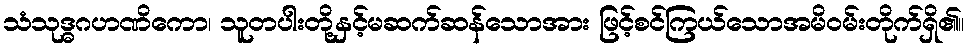
သံသုဒ္ဓဂဟဏိကော၊ သူတပါးတို့နှင့်မဆက်ဆန်သောအား ဖြင့်စင်ကြယ်သောအမိဝမ်းတိုက်ရှိ၏။